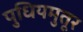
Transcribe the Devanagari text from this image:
पुधियमुतूर